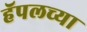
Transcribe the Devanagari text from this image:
हॅपलच्या